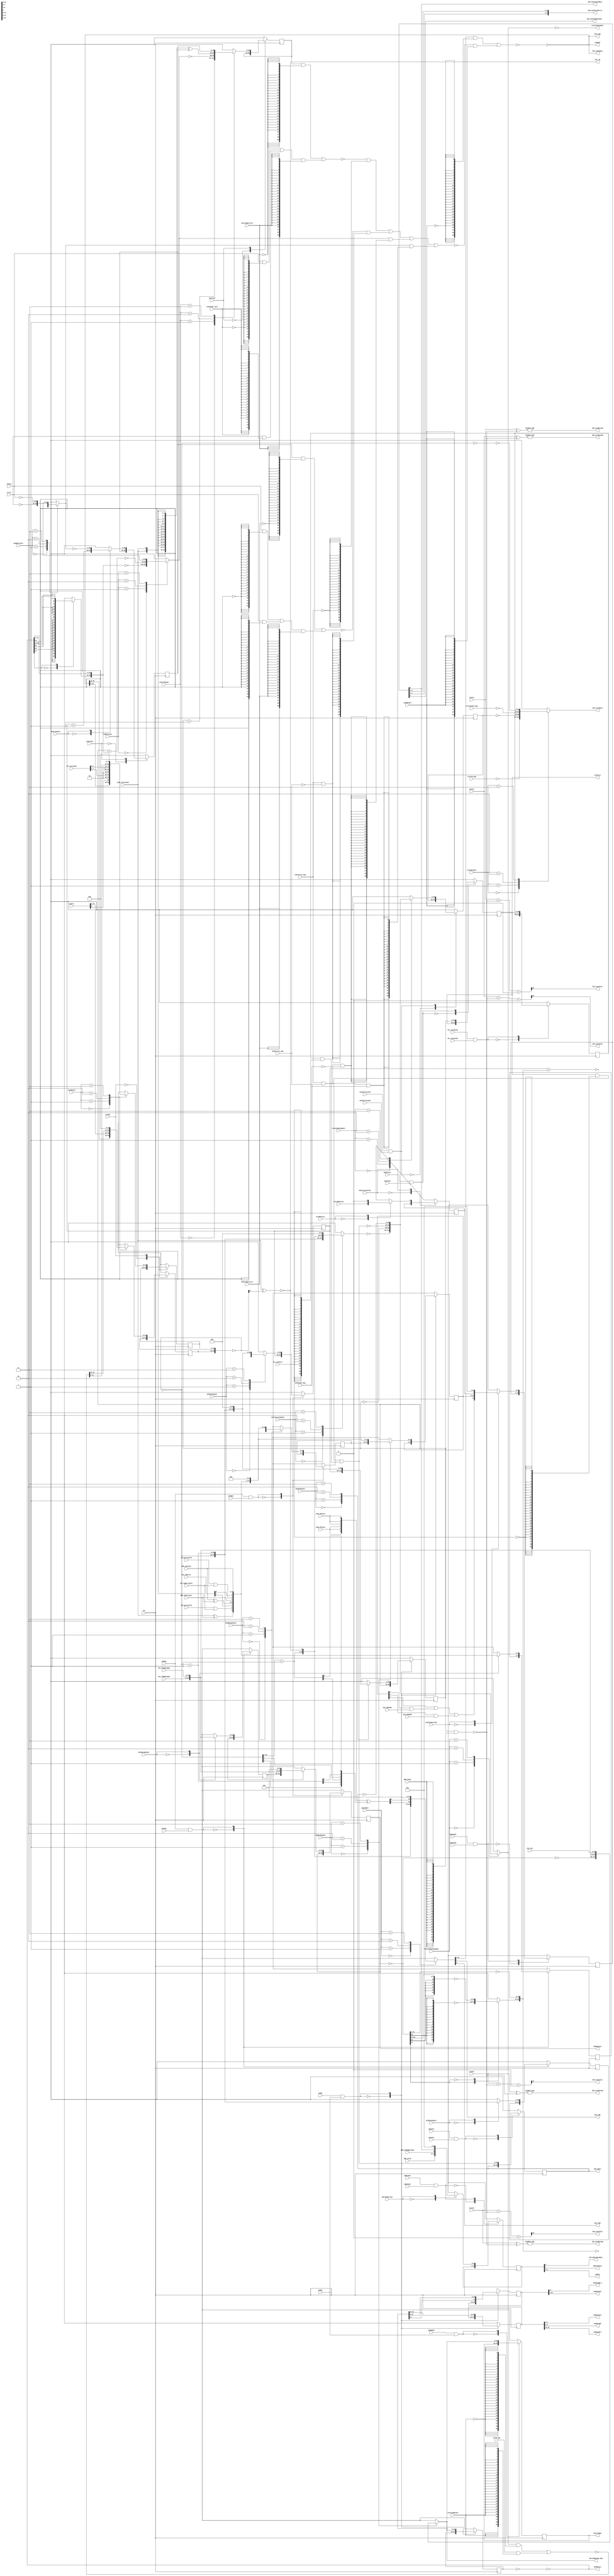
// 
// ************************************************************************** 
// 
//  Copyright (c) International Business Machines Corporation, 2005. 
// 
//  This file contains trade secrets and other proprietary and confidential 
//  information of International Business Machines Corporation which are 
//  protected by copyright and other intellectual property rights and shall 
//  not be reproduced, transferred to other documents, disclosed to others, 
//  or used for any purpose except as specifically authorized in writing by 
//  International Business Machines Corporation. This notice must be 
//  contained as part of this text at all times. 
// 
// ************************************************************************** 
//
//
// Date Modified: 7/19/01
// Changes made for Cobra, 405 with Parity
// Changes to status register declarations for additional parity signals
// Signals added to fetcher module
// 

module p405s_fetcher( IFB_dcdApu, IFB_dcdDataIn_Neg, IFB_exeDisableDbL2,
     IFB_exeIfetchErrL2, IFB_iac1BitsEq, IFB_iac1GtIar, IFB_iac2BitsEq, IFB_iac2GtIar,
     IFB_iac3BitsEq, IFB_iac3GtIar, IFB_iac4BitsEq, IFB_iac4GtIar, IFB_isEA, IFB_isNL,
     IFB_isNP, IFB_isOcmAbus, IFB_traceData, IFB_wbDisableDbL2, IFB_wbIar,
     dcdData2L2, dcdDataBD_0, dcdDataBO, dcdDataL2, dcdDataPri,
     dcdDataSec, exeIarL2, isEaBuf, lcar_29, pfb0DataL2,
     refetchPipeAddr, wbBrTakenL2, wbTEL2, CB, DBG_exeTE,
     DBG_iacEn, ICU_ifbEDataBus, ICU_ifbError, ICU_ifbODataBus,
     IFB_exeDbgBrTaken, JTG_dbdrPulse, JTG_inst, LSSD_coreTestEn, MMU_isStatus,
     PCL_exe2Full, PCL_exe2IarE1, PCL_exe2IarE2, VCT_vectorBus, coreResetL2, ctrL2,
     dbsrPulseCntlE1, dcdApuE1, dcdBrTarSel, dcdCorrect_Neg, dcdCrtBpntLrCtr, dcdCrtE2,
     dcdCrtMuxSel, dcdDataMuxSel, dcdE1, dcdE2, dcdFullL2, dcdIarMuxSel,
     dcdTarget_Neg, evprL2, exeCorrect_Neg, exeCrtBpntLrCtr, exeCrtE2, exeCrtMuxSel,
     exeDataBr_21L2, exeDataE1, exeDataE2, exeFlushorClear, exeIarE2, iac1L2,
     iac2L2, iac3L2, iac4L2, isEaMuxSel, isEa_22DlyL2, isEa_27DlyL2, lcarE2,
     lcarMuxSel, linkL2, lrCtrNormal_Neg, lrCtrSe_Neg, mux048Sel,
     pfb0BrTarSel, pfb0DataMuxSel, pfb0E1, pfb0E2, pfb0IarMuxSel,
     pfb1DataMuxSel, pfb1E2, pfb1IarMuxSel, refetchAddrSel, refetchLcarMuxSel,
     refetchPipeStageSel, saveForTraceE1, saveForTraceE2, srr02_Neg,
     traceDataSel, tracePipeStageSel, wbDataE1, wbDataE2, wbFlushOrClear, wbIarE1,
     wbIarE2, MMU_isParityErr, ICU_parityErrE, ICU_tagParityErr, ICU_parityErrO,
     IFB_exeISideMachChk, ICU_CCR0IPE, ICU_CCR0TPE);
     
output  IFB_exeDisableDbL2, IFB_iac1BitsEq, IFB_iac1GtIar, IFB_iac2BitsEq, IFB_iac2GtIar,
     IFB_iac3BitsEq, IFB_iac3GtIar, IFB_iac4BitsEq, IFB_iac4GtIar, IFB_isNL, IFB_isNP,
     IFB_wbDisableDbL2, dcdDataBD_0, lcar_29, wbBrTakenL2, IFB_exeISideMachChk;


input  DBG_iacEn, IFB_exeDbgBrTaken, JTG_dbdrPulse, LSSD_coreTestEn, PCL_exe2Full,
     PCL_exe2IarE1, PCL_exe2IarE2, coreResetL2, dbsrPulseCntlE1, dcdApuE1, dcdCorrect_Neg,
     dcdCrtBpntLrCtr, dcdCrtE2, dcdCrtMuxSel, dcdE1, dcdE2, dcdFullL2, dcdTarget_Neg,
     exeCorrect_Neg, exeCrtBpntLrCtr, exeCrtE2, exeDataBr_21L2, exeDataE1, exeDataE2,
     exeFlushorClear, exeIarE2, isEaMuxSel, isEa_22DlyL2, isEa_27DlyL2, lcarE2, pfb0E1, pfb0E2,
     pfb1DataMuxSel, pfb1E2, pfb1IarMuxSel, refetchAddrSel, saveForTraceE1, saveForTraceE2,
     wbDataE1, wbDataE2, wbFlushOrClear, wbIarE1, wbIarE2, MMU_isParityErr, ICU_parityErrE,
     ICU_tagParityErr, ICU_parityErrO, ICU_CCR0IPE, ICU_CCR0TPE;

output [0:29]  IFB_traceData;
output [0:31]  pfb0DataL2;
output [0:4]  IFB_exeIfetchErrL2;
//output [0:2]  IFB_exeIfetchErrL2;
output [0:4]  wbTEL2;
output [11:15]  dcdData2L2;
output [0:10]  dcdDataSec;
output [0:4]  dcdDataBO;
output [0:5]  dcdDataPri;
output [0:29]  IFB_wbIar;
output [0:29]  IFB_isEA;
output [0:29]  isEaBuf;
output [0:31]  dcdDataL2;
output [0:29]  exeIarL2;
output [0:31]  IFB_dcdApu;
output [0:29]  IFB_isOcmAbus;
output [0:29]  refetchPipeAddr;
output [0:31]  IFB_dcdDataIn_Neg;


input [0:29]  iac2L2;
input [0:1]  ICU_ifbError;
input [0:29]  srr02_Neg;
input [0:1]  pfb0DataMuxSel;
input [0:1]  MMU_isStatus;
input [0:1]  dcdBrTarSel;
input [0:31]  JTG_inst;
input [0:31]  ICU_ifbEDataBus;
input [0:1]  dcdDataMuxSel;
input [0:1]  pfb0BrTarSel;
input [0:31]  ICU_ifbODataBus;
input [0:4]  DBG_exeTE;
input [0:1]  pfb0IarMuxSel;
input [0:29]  lrCtrSe_Neg;
input [0:1]  traceDataSel;
input [0:7]  VCT_vectorBus;
input [0:15]  evprL2;
input [0:1]  refetchPipeStageSel;
input [0:1]  dcdIarMuxSel;
input [0:29]  ctrL2;
input [0:29]  linkL2;
input [0:1]  lcarMuxSel;
input [0:29]  iac1L2;
input [0:29]  iac3L2;
input [0:29]  iac4L2;
input   CB;
input [0:1]  tracePipeStageSel;
input [0:1]  mux048Sel;
input [0:1]  refetchLcarMuxSel;
input [0:1]  exeCrtMuxSel;
input [0:29]  lrCtrNormal_Neg;

reg [0:29]  IFB_traceData;
wire [0:31]  IFB_dcdDataIn_Neg;
wire [0:29]  exeIarL2;

// Buses in the design
reg disableDbL2;
reg  [0:15]  pfb0SgnExt;
wire  [0:1]  mmuIsStatusTestability;
wire  [0:4]  pfb1StatusL2;
wire  [16:29]  pfb0BrData;
wire  [0:4]  pfb0StatusL2;
reg  [0:29]  refetchPipeAddr_Neg;
reg  [0:29]  seIar_Neg;
wire  [0:31]  pfb0DataBuf_Neg;
wire  [0:29]  lcar_Neg;
wire  [0:31]  pfb0DataBuf;
reg  [0:29]  dcdTargetAddr_Neg;
wire  [0:29]  dcdBrTarAdd;
reg  [0:15]  dcdSgnExt;
wire  [0:4]  dcdStatusL2;
wire  [16:29]  dcdBrAdd;
wire  [0:31]  dcdData1NegL2;
reg  [0:31]  dcdApuL2;
wire  [0:29]  pfb0BrTarAdd;
wire  [0:29]  pfb0P4;
reg  [0:29]  pfb0IarL2;
reg  [0:29]  pfb1IarL2;
wire  [0:29]  lcarL2_Neg;
wire  [0:29]  muxIsEa_Neg;
wire  [0:29]  lcarForPipe;
reg  [0:31]  pfb1DataL2;
wire  [0:29]  lcarP4Buf;
wire  [0:29]  muxIsEa_2_Neg;
reg  [0:29]  refetchLcar;
wire  [0:29]  lcar;
wire  [0:28]  lcarP8;
wire  [0:29]  mux048;
wire  [0:29]  isEaFromBranch;
wire  [0:29]  lcarL2;
wire  [0:29]  lcarP4;
reg  [0:29]  seIarMux_Neg;
wire  [0:29]  refetchAddr;
reg  [0:29]  exeCrtL2;
reg  [0:29]  dcdCrtL2;
wire  [0:29]  dcdCtrTestability;
wire  [0:29]  exeCorrectAddr_Neg;
wire  [0:29]  dcdP4;
reg  [0:29]  dcdIarL2;
wire  [0:29]  iarForIac_Neg;
reg  [0:29]  wbIarL2;
reg  [0:29]  exe2IarL2;
wire  [0:29]  exeIarSel;
wire  [0:29]  dcdCorrectAddr_Neg;
wire  [0:29]  dcdBrLrCtr;
wire  [0:29]  pfb0TargetAddr;
wire  [0:29]  dcdTargetAddr;
wire  [0:29]  exeLrCtr;
reg  [0:29]  coreTestablityEn;
reg  [0:29]  pfb0TargetAddr_Neg;
wire  [0:29]  lcarForInc;
wire          exeISideMachChkIn;

wire        IFB_exeDisableDbL2_int;
wire        lcar_29_int;
wire [0:31] pfb0DataL2_int;
wire [0:16] dcdData2L2_int_lo;
wire [21:31] dcdData2L2_int_hi;
wire [0:29] isEaBuf_int;
wire [0:31] dcdDataL2_int;
reg [0:29] exeIarL2_int;
reg [0:31] IFB_dcdDataIn_Neg_int;

assign IFB_exeDisableDbL2 = IFB_exeDisableDbL2_int;
assign lcar_29 = lcar_29_int;
assign pfb0DataL2 = pfb0DataL2_int;
assign dcdData2L2[11:15] = dcdData2L2_int_lo[11:15];
assign isEaBuf = isEaBuf_int;
assign dcdDataL2 = dcdDataL2_int;
assign exeIarL2 = exeIarL2_int;
assign IFB_dcdDataIn_Neg = IFB_dcdDataIn_Neg_int;


assign exeISideMachChkIn = dcdStatusL2[0] | (dcdStatusL2[3] & ICU_CCR0TPE) | 
                                (dcdStatusL2[4] & ICU_CCR0IPE);

//Removed the module 'dp_logIFB_Pfb0DataBufB' 
assign pfb0DataBuf[0:31] = ~pfb0DataBuf_Neg[0:31];

//Removed the module 'dp_logIFB_Pfb0DataBuf' 
assign pfb0DataBuf_Neg[0:31] =  ~pfb0DataL2_int[0:31];

//Removed the module 'dp_regIFB_iarForIacTestability' 
always @(posedge CB)
  casez(LSSD_coreTestEn)
    1'b0: coreTestablityEn[0:29] <= coreTestablityEn[0:29];
    1'b1: coreTestablityEn[0:29] <= iarForIac_Neg[0:29];
    default: coreTestablityEn[0:29] <= 30'bx;
  endcase

//Removed the module 'dp_logIFB_mmuStatusTestability' 
assign  mmuIsStatusTestability[0:1] = MMU_isStatus[0:1] ^ {LSSD_coreTestEn, LSSD_coreTestEn};

// Replacing instantiation: XOR2 dp_logIFB_mmuParityTestability
wire mmuParityTestability;
assign mmuParityTestability = LSSD_coreTestEn ^ MMU_isParityErr;

//Removed the module 'dp_logIFB_dcdCrtTestability' 
assign dcdCtrTestability[0:29] = {30{LSSD_coreTestEn}} ^ dcdCrtL2[0:29];

//Removed the module 'dp_regIFB_iarForTrace' 
always @(posedge CB)
  casez(saveForTraceE1 & saveForTraceE2)
    1'b0: seIar_Neg[0:29] <= seIar_Neg[0:29];
    1'b1: seIar_Neg[0:29] <= seIarMux_Neg[0:29];
    default: seIar_Neg[0:29] <= 30'bx;
  endcase

// Replacing instantiation: INVERT sel_B
wire dcdCorrect;
assign dcdCorrect = ~(dcdCorrect_Neg);

// Replacing instantiation: INVERT sel_A
wire exeCorrect;
assign exeCorrect = ~(exeCorrect_Neg);

// Replacing instantiation: INVERT sel_C
wire dcdTarget;
assign dcdTarget = ~(dcdTarget_Neg);

// Replacing instantiation: INVERT sel_H
wire selExeCorrect_Neg;
wire selExeCorrect;
assign selExeCorrect = ~(selExeCorrect_Neg);

// Replacing instantiation: INVERT sel_K
wire delPfb0Target_Neg;
wire selPfb0Target;
assign selPfb0Target = ~(delPfb0Target_Neg);

// Replacing instantiation: INVERT sel_J
wire selDcdTarget_Neg;
wire selDecTarget;
assign selDecTarget = ~(selDcdTarget_Neg);

// Replacing instantiation: INVERT sel_I
wire selDcdCorrect_Neg;
wire selDcdCorrect;
assign selDcdCorrect = ~(selDcdCorrect_Neg);

// Replacing instantiation: NAND3 sel_G
assign delPfb0Target_Neg = ~( exeCorrect_Neg & dcdCorrect_Neg & dcdTarget_Neg );

// Replacing instantiation: NAND3 sel_F
assign selDcdTarget_Neg = ~( exeCorrect_Neg & dcdCorrect_Neg & dcdTarget );

// Replacing instantiation: NAND2 sel_E
assign selDcdCorrect_Neg = ~( exeCorrect_Neg & dcdCorrect );

// Replacing instantiation: INVERT sel_D
assign selExeCorrect_Neg = ~(exeCorrect);

assign isEaFromBranch = ~( (exeCorrectAddr_Neg & {30{selExeCorrect}}) |
                           (dcdCorrectAddr_Neg & {30{selDcdCorrect}}) |
                           (dcdTargetAddr_Neg & {30{selDecTarget}}) |
                           (pfb0TargetAddr_Neg & {30{selPfb0Target}}) );


//Removed the module 'dp_muxIFB_DcdLrCtr'
assign dcdBrLrCtr[0:29] = (linkL2[0:29] & {(30){~(dcdDataL2_int[21])}} ) 
                              | (ctrL2[0:29] & {(30){dcdDataL2_int[21]}} );


//Removed the module 'dp_logIFB_lcarRepower' 
assign lcarL2_Neg[0:29] = ~lcarL2[0:29];

//Removed the modue 'dp_logIFB_dcdApuBuf' 
assign IFB_dcdApu[0:31] = dcdApuL2[0:31];

//Removed the module 'dp_regIFB_DcdApu2' 
//Removed the module 'dp_regIFB_DcdApu1' 
always @(posedge CB)
  casez(dcdApuE1 & dcdE2)
    1'b0: dcdApuL2[0:31] <= dcdApuL2[0:31];
    1'b1: dcdApuL2[0:31] <= IFB_dcdDataIn_Neg_int[0:31];
    default: dcdApuL2[0:31] <= 32'bx;
  endcase

//Removed the module 'dp_logIFB_dcdBrTarInv' 
assign dcdTargetAddr[0:29] = ~dcdTargetAddr_Neg[0:29]; 

//Removed the module 'dp_muxIFB_dcdBrTar' 
always @(dcdSgnExt or dcdBrAdd or dcdBrTarAdd or ctrL2 or linkL2 or dcdBrTarSel)
  case(dcdBrTarSel[0:1])
    2'b00: dcdTargetAddr_Neg[0:29] = ~{dcdSgnExt[0:15], dcdBrAdd[16:29]};
    2'b01: dcdTargetAddr_Neg[0:29] = ~dcdBrTarAdd[0:29];
    2'b10: dcdTargetAddr_Neg[0:29] = ~ctrL2[0:29];
    2'b11: dcdTargetAddr_Neg[0:29] = ~linkL2[0:29];
    default: dcdTargetAddr_Neg[0:29] = 30'bx;
  endcase

//Removed the module 'dp_muxIFB_pfb0BrTar' 
always @(pfb0SgnExt or pfb0BrData or pfb0BrTarAdd or ctrL2 or linkL2 or pfb0BrTarSel)
  case(pfb0BrTarSel[0:1])
    2'b00: pfb0TargetAddr_Neg[0:29] = ~{pfb0SgnExt[0:15], pfb0BrData[16:29]};
    2'b01: pfb0TargetAddr_Neg[0:29] = ~pfb0BrTarAdd[0:29];
    2'b10: pfb0TargetAddr_Neg[0:29] = ~ctrL2[0:29];
    2'b11: pfb0TargetAddr_Neg[0:29] = ~linkL2[0:29];
    default: pfb0TargetAddr_Neg[0:29] = 30'bx;
  endcase

//Removed the module 'dp_logIFB_pfb0BrTarInv' 
assign pfb0TargetAddr[0:29] = ~pfb0TargetAddr_Neg[0:29]; 

//Removed the module 'dp_logIFB_NLNPXor' 
wire nlP0, nlP4, nlP8, npP0, npP4, npP8;
assign {nlP0, nlP4, nlP8, npP0, npP4, npP8} = 
      {isEa_27DlyL2, isEa_27DlyL2, isEa_27DlyL2, isEa_22DlyL2, isEa_22DlyL2, isEa_22DlyL2} ^
      {lcarForInc[27], lcarP4[27], lcarP8[27], lcarForInc[22], lcarP4[22], lcarP8[22]};

//Removed the module 'dp_muxIFB_isEa_2' 
assign muxIsEa_2_Neg[0:29] = ~( (mux048[0:29] & {(30){~(isEaMuxSel)}} ) | 
                    (isEaFromBranch[0:29] & {(30){isEaMuxSel}} ) );

//Removed the module 'dp_muxIFB_isEa'
assign muxIsEa_Neg[0:29] = ~( (mux048[0:29] & {(30){~(isEaMuxSel)}} ) | 
                     (isEaFromBranch[0:29] & {(30){isEaMuxSel}} ) );

//Removed the module 'dp_muxIFB_ExeCorrect' 
assign exeCorrectAddr_Neg[0:29] = ~( (exeCrtL2[0:29] & {(30){~(exeCrtBpntLrCtr)}} ) 
                                    | (exeLrCtr[0:29] & {(30){exeCrtBpntLrCtr}} ) );

//Removed the module 'dp_muxIFB_ExeLrCtr' 
assign exeLrCtr[0:29] = (linkL2[0:29] & {(30){~(exeDataBr_21L2)}} ) | 
                               (ctrL2[0:29] & {(30){exeDataBr_21L2}} );

//Removed the module 'dp_muxIFB_DcdCorrect'
assign dcdCorrectAddr_Neg[0:29] = ~( (dcdCrtL2[0:29] & {(30){~(dcdCrtBpntLrCtr)}} ) 
                                  | ( dcdBrLrCtr[0:29] & {(30){dcdCrtBpntLrCtr}} ) );

//Removed the module 'dp_logIFB_lcarForIncr' 
assign lcarForInc[0:29] = ~lcarL2_Neg[0:29];

//Removed the module 'dp_regIFB_LcarB' 
wire [0:14] LcarB_mux_D1;
reg [0:14] LcarB_Mux;
reg [0:14] LcarB_Reg;
assign lcarL2[15:29] = LcarB_Reg;
assign LcarB_mux_D1 = {evprL2[15], 2'b0, VCT_vectorBus[0:5], 2'b0, VCT_vectorBus[6:7], 2'b0};
always @(isEaBuf_int or LcarB_mux_D1 or refetchAddr or lcarMuxSel)
  casez(lcarMuxSel[0:1])
    2'b00: LcarB_Mux = isEaBuf_int[15:29];
    2'b01: LcarB_Mux = LcarB_mux_D1;
    2'b10: LcarB_Mux = refetchAddr[15:29];
 // changed by swang    2'b11: LcarB_Mux = 15'h7fff;
	 2'b11: LcarB_Mux = 15'h0;
    default: LcarB_Mux = 15'bx;
  endcase
// L2 Output modeled as posedge FF
always @(posedge CB)
  casez(lcarE2)
    1'b0: LcarB_Reg <= LcarB_Reg;
    1'b1: LcarB_Reg <= LcarB_Mux;
    default: LcarB_Reg <= 15'bx;
  endcase

//Removed the module 'dp_regIFB_LcarA' 
//by swang: PC mux
reg [0:14] LcarA_Mux;
reg [0:14] LcarA_Reg;
assign lcarL2[0:14] = LcarA_Reg;
always @(isEaBuf_int or evprL2 or refetchAddr or lcarMuxSel)
  casez(lcarMuxSel[0:1])
    2'b00: LcarA_Mux = isEaBuf_int[0:14];
    2'b01: LcarA_Mux = evprL2[0:14];
    2'b10: LcarA_Mux = refetchAddr[0:14];
//    2'b11: LcarA_Mux = 15'h7fff; // changed by swang
      2'b11: LcarA_Mux = 15'h0;
    default: LcarA_Mux = 15'bx;
  endcase
// L2 Output modeled as posedge FF
always @(posedge CB)
  casez(lcarE2)
    1'b0: LcarA_Reg <= LcarA_Reg;
    1'b1: LcarA_Reg <= LcarA_Mux;
    default: LcarA_Reg <= 15'bx;
  endcase

//Removed the module 'dp_regIFB_Pfb0Data2' 
//Removed the module 'dp_regIFB_Pfb0Data1' 
reg [0:31] Pfb0Data2_Mux;
reg [0:31] Pfb0Data2_Reg;
assign pfb0DataL2_int[0:31] = Pfb0Data2_Reg;
always @(pfb0DataMuxSel or pfb1DataL2 or ICU_ifbEDataBus or ICU_ifbODataBus)
  casez(pfb0DataMuxSel[0:1])
    2'b00: Pfb0Data2_Mux = pfb1DataL2[0:31];
    2'b01: Pfb0Data2_Mux = ICU_ifbEDataBus[0:31];
    2'b10: Pfb0Data2_Mux = ICU_ifbODataBus[0:31];
    2'b11: Pfb0Data2_Mux = 32'b0;
    default: Pfb0Data2_Mux = 32'bx;
  endcase
always @(posedge CB)
  casez(pfb0E1 & pfb0E2)
    1'b0: Pfb0Data2_Reg <= Pfb0Data2_Reg;
    1'b1: Pfb0Data2_Reg <= Pfb0Data2_Mux;
    default: Pfb0Data2_Reg <= 32'bx;
  endcase

//Removed the module 'dp_regIFB_DcdData4' 
reg [0:11] DcdData4_Reg;
wire [0:11] DcdData4;
assign  {dcdData2L2_int_lo[16], dcdData2L2_int_hi[21:31]} = DcdData4_Reg; 
assign DcdData4 = {IFB_dcdDataIn_Neg_int[16], IFB_dcdDataIn_Neg_int[21:31]}; 
always @(posedge CB)
  casez(dcdE1 & dcdE2)
    1'b0: DcdData4_Reg <= DcdData4_Reg;
    1'b1: DcdData4_Reg <= DcdData4;
    default: DcdData4_Reg <= 12'bx;
  endcase

//Removed the module 'dp_regIFB_DcdData3' 
reg [0:15] DcdData3_Reg;
assign dcdData2L2_int_lo[0:15] = DcdData3_Reg;
always @(posedge CB)
  casez(dcdE1 & dcdE2)
    1'b0: DcdData3_Reg <= DcdData3_Reg;
    1'b1: DcdData3_Reg <= IFB_dcdDataIn_Neg_int[0:15];
    default: DcdData3_Reg <= 16'bx;
  endcase

//Removed the module 'dp_logIFB_pfb0BrAddBuf' 
assign pfb0BrData[16:29] = ~pfb0DataBuf_Neg[16:29];

//Removed the module 'dp_logIFB_dcdBrAddBuf' 
assign dcdBrAdd[16:29] = dcdDataL2_int[16:29];

//Removed the module 'dp_logIFB_mux048Buf' 
wire NL, NP;
assign {IFB_isNL, IFB_isNP} = {NL, NP};

//Removed the module 'dp_logIFB_lcarInc4Buf' 
assign lcarP4Buf[0:29] = lcarP4[0:29];

//Removed the module 'dp_logIFB_isEaBuf' 
assign IFB_isEA[0:29] = ~muxIsEa_Neg[0:29];

//Removed the module 'dp_logIFB_dcdDataForBr' 
assign {dcdDataPri[0:5], dcdDataBO[0:4], dcdDataBD_0, dcdDataSec[0:10]} = 
            {dcdData2L2_int_lo[0:10], dcdData2L2_int_lo[16], dcdData2L2_int_hi[21:31]};

//Removed the module 'dp_logIFB_lcarForAddr' 
assign lcar_29_int = ~(LSSD_coreTestEn ^ lcarL2_Neg[29]);

//Removed the module 'dp_logIFB_lcarForPipe' 
assign lcarForPipe[0:29] = ~lcarL2_Neg[0:29];

//Removed the module 'dp_logIFB_lcarForRefetch' 
assign lcar[0:29] = ~lcarL2_Neg[0:29];

//Removed the module 'x_macIFB_pfb0SignExt'
always @(pfb0DataBuf_Neg or pfb0DataBuf_Neg)
  casez(pfb0DataBuf_Neg[4])
    1'b1: pfb0SgnExt[0:15] = ~{16{pfb0DataBuf_Neg[16]}};
    1'b0: pfb0SgnExt[0:15] = ~{{6{pfb0DataBuf_Neg[6]}},pfb0DataBuf_Neg[6:15]};
    default: pfb0SgnExt[0:15] = 16'hxxxx;
  endcase

//Removed the module 'x_macIFB_dcdSignExt' 
always @(dcdDataL2_int or dcdDataL2_int)
  casez(dcdDataL2_int[4])
    1'b0: dcdSgnExt[0:15] = {16{dcdDataL2_int[16]}};
    1'b1: dcdSgnExt[0:15] = {{6{dcdDataL2_int[6]}},dcdDataL2_int[6:15]};
    default: dcdSgnExt[0:15] = 16'hxxxx;
  endcase


//adders and incrementors
//Removed the module 'SM_ADD30_P2'
wire [29:0] pfb0IarL2_rev;
wire [29:0] SDT_pfb0IarAdd_B_rev;
wire [30:0] pfb0BrTarAdd_rev;
assign pfb0IarL2_rev = pfb0IarL2[0:29];
assign SDT_pfb0IarAdd_B_rev = {pfb0SgnExt[0:15], pfb0BrData[16:29]};
assign pfb0BrTarAdd_rev = {1'b0,pfb0IarL2_rev} + {1'b0,SDT_pfb0IarAdd_B_rev}; 
assign pfb0BrTarAdd = pfb0BrTarAdd_rev[29:0];

//Removed the module 'SM_ADD30_P2'
wire [29:0] dcdIarL2_rev;
wire [29:0] SDT_dcdIarAdd_B_rev;
wire [30:0] dcdBrTarAdd_rev;
assign dcdIarL2_rev = dcdIarL2[0:29];
assign SDT_dcdIarAdd_B_rev = {dcdSgnExt[0:15], dcdBrAdd[16:29]};
assign dcdBrTarAdd_rev = {1'b0,dcdIarL2_rev} + {1'b0,SDT_dcdIarAdd_B_rev};
assign dcdBrTarAdd = dcdBrTarAdd_rev[29:0];

//Removed the module 'dp_macIFB_dcdIarInc4' 
wire [30:0] dcdP4_rev;
assign dcdP4_rev = {1'b0,dcdIarL2_rev} + 1;
assign dcdP4 = dcdP4_rev[29:0];

//Removed the module 'dp_macIFB_pfb0IarInc4'
wire [30:0] pfb0P4_rev;
assign pfb0P4_rev = {1'b0,pfb0IarL2_rev} + 1;
assign pfb0P4 = pfb0P4_rev[29:0];

//Removed the module 'dp_macIFB_lcarInc8'
wire [28:0] lcarForInc8_rev;
wire [29:0] lcarP8_rev;
assign lcarForInc8_rev = lcarForInc[0:28];
assign lcarP8_rev = {1'b0,lcarForInc8_rev[28:0]} + 1;
assign lcarP8 = lcarP8_rev[28:0];

//Removed the module 'dp_macIFB_lcarInc4'
wire [29:0] lcarForInc4_rev;
wire [30:0] lcarP4_rev;
assign lcarForInc4_rev = lcarForInc[0:29];
assign lcarP4_rev = {1'b0,lcarForInc4_rev[29:0]} + 1;
assign lcarP4 = lcarP4_rev[29:0];

//Removed the module 'dp_logIFB_lcarInv' 
assign lcar_Neg[0:29] = ~lcar[0:29];

//Removed the module 'dp_logIFB_dcdDataInv'
assign dcdDataL2_int[0:31] = ~dcdData1NegL2[0:31];

//Removed the module 'dp_regIFB_DcdData2' 
//Removed the module 'dp_regIFB_DcdData1' 
reg [0:31] DcdData2_Reg;
assign dcdData1NegL2[0:31] = ~DcdData2_Reg;
always @(posedge CB)
  casez(dcdE1 & dcdE2)
    1'b0: DcdData2_Reg <= DcdData2_Reg;
    1'b1: DcdData2_Reg <= IFB_dcdDataIn_Neg_int[0:31];
    default: DcdData2_Reg <= 32'bx;
  endcase

//Removed the module 'dp_logIFB_wbIarBuf' 
assign IFB_wbIar[0:29] = wbIarL2[0:29];

//Removed the module 'dp_muxIFB_traceData' 
always @(lrCtrSe_Neg or seIar_Neg or lrCtrNormal_Neg or lcar_Neg or traceDataSel)
  case(traceDataSel[0:1])
    2'b00: IFB_traceData = ~lrCtrSe_Neg[0:29];
    2'b01: IFB_traceData = ~seIar_Neg[0:29];
    2'b10: IFB_traceData = ~lrCtrNormal_Neg[0:29];
    2'b11: IFB_traceData = ~lcar_Neg[0:29];
    default: IFB_traceData = 30'bx;
  endcase

//Removed the module 'dp_muxIFB_tracePipeStage' 
always @(tracePipeStageSel or refetchLcar or dcdIarL2 or exeIarSel or wbIarL2)
  case(tracePipeStageSel[0:1])
    2'b00: seIarMux_Neg = ~refetchLcar;
    2'b01: seIarMux_Neg = ~dcdIarL2;
    2'b10: seIarMux_Neg = ~exeIarSel;
    2'b11: seIarMux_Neg = ~wbIarL2;
    default: seIarMux_Neg = 30'bx;
  endcase

//Removed the module 'dp_muxIFB_exeIarSel' 
assign exeIarSel[0:29] = (exeIarL2_int[0:29] & {(30){~(PCL_exe2Full)}} ) | 
                               (exe2IarL2[0:29] & {(30){PCL_exe2Full}} );

//Removed the module 'dp_logIFB_isEaBufOcm' 
assign IFB_isOcmAbus[0:29] = ~muxIsEa_2_Neg[0:29];

//Removed the module 'dp_logIFB_isEaBufLcar' 
assign isEaBuf_int[0:29] = ~muxIsEa_2_Neg[0:29];

//Removed the module 'dp_regIFB_wbStatus' 
reg [0:6] wbStatus_Mux;
reg [0:6] wbStatus_Reg;
assign {wbTEL2[0:4], wbBrTakenL2, IFB_wbDisableDbL2} = wbStatus_Reg;
always @(wbFlushOrClear or DBG_exeTE or IFB_exeDbgBrTaken or IFB_exeDisableDbL2_int)
  casez(wbFlushOrClear)
    1'b0: wbStatus_Mux = {DBG_exeTE[0:4], IFB_exeDbgBrTaken, IFB_exeDisableDbL2_int};
    1'b1: wbStatus_Mux = 7'b0;
    default: wbStatus_Mux = 7'bx;
  endcase
always @(posedge CB)
  casez(wbDataE1 & wbDataE2)
    1'b0: wbStatus_Reg <= wbStatus_Reg;
    1'b1: wbStatus_Reg <= wbStatus_Mux;
    default: wbStatus_Reg <= 7'bx;
  endcase

//Removed the module 'dp_regIFB_dbdrPulseCntl' 
reg dbdrPulseCntl_Mux;
always @(JTG_dbdrPulse or coreResetL2)
  casez(coreResetL2)
    1'b0: dbdrPulseCntl_Mux = JTG_dbdrPulse;
    1'b1: dbdrPulseCntl_Mux = 1'b0;
    default: dbdrPulseCntl_Mux = 1'bx;
  endcase
always @(posedge CB)
  casez(dbsrPulseCntlE1)
    1'b0: disableDbL2 <= disableDbL2;
    1'b1: disableDbL2 <= dbdrPulseCntl_Mux;
    default: disableDbL2 <= 1'bx;
  endcase

//Removed the module 'dp_regIFB_exe2Iar' 
always @(posedge CB)
  casez(PCL_exe2IarE1 & PCL_exe2IarE2)
    1'b0: exe2IarL2[0:29] <= exe2IarL2[0:29];
    1'b1: exe2IarL2[0:29] <= exeIarL2_int[0:29];
    default: exe2IarL2[0:29] <= 30'bx;
  endcase

//Removed the module 'dp_muxIFB_refetchLcar' 
always @(refetchLcarMuxSel or lcar or lcarP4 or lcarP8 or lcar_29_int)
  case(refetchLcarMuxSel[0:1])
    2'b00: refetchLcar[0:29] = lcar[0:29];
    2'b01: refetchLcar[0:29] = lcarP4[0:29];
    2'b10: refetchLcar[0:29] = {lcarP8[0:28], lcar_29_int};
    2'b11: refetchLcar[0:29] = 30'b0;
    default: refetchLcar[0:29] = 30'bx;
  endcase

//Removed the module 'dp_logIFB_invRefetchPipeAddr' 
assign refetchPipeAddr[0:29] = ~refetchPipeAddr_Neg[0:29];

//Removed the module 'dp_logIFB_dcdIarForIac' 
assign iarForIac_Neg[0:29] = ~(dcdIarL2[0:29] & {(30){DBG_iacEn}} );

//Removed the module 'SM_ADD30CODETONE' 
wire [29:0] iac4L2_rev;
wire [29:0] iarForIac_Neg_rev;
wire [29:0] iac4Add_sum;
assign iac4L2_rev[29:0] = iac4L2[0:29];
assign iarForIac_Neg_rev[29:0] = iarForIac_Neg[0:29];
assign {IFB_iac4GtIar,iac4Add_sum} = 
             {1'b0,iac4L2_rev} + {1'b0,iarForIac_Neg_rev} + 31'b0;
assign IFB_iac4BitsEq = &(iac4L2_rev ^ iarForIac_Neg_rev);

//Removed the module 'SM_ADD30CODETONE'
wire [29:0] iac3L2_rev;
wire [29:0] iac3Add_sum;
assign iac3L2_rev[29:0] = iac3L2[0:29];
assign {IFB_iac3GtIar,iac3Add_sum} = 
             {1'b0,iac3L2_rev} + {1'b0,iarForIac_Neg_rev} + 31'b0;
assign IFB_iac3BitsEq = &(iac3L2_rev ^ iarForIac_Neg_rev);

//Removed the module 'SM_ADD30CODETONE' 
wire [29:0] iac2L2_rev;
wire [29:0] iac2Add_sum;
assign iac2L2_rev[29:0] = iac2L2[0:29];
assign {IFB_iac2GtIar,iac2Add_sum} = 
             {1'b0,iac2L2_rev} + {1'b0,iarForIac_Neg_rev} + 31'b0;
assign IFB_iac2BitsEq = &(iac2L2_rev ^ iarForIac_Neg_rev);

//Removed the module 'SM_ADD30CODETONE'
wire IFB_iac1BitsEq;
wire [29:0] iac1L2_rev;
wire [29:0] iac1Add_sum;
assign iac1L2_rev[29:0] = iac1L2[0:29];
assign {IFB_iac1GtIar,iac1Add_sum} = 
             {1'b0,iac1L2_rev} + {1'b0,iarForIac_Neg_rev} + 31'b0;
assign IFB_iac1BitsEq = &(iac1L2_rev ^ iarForIac_Neg_rev);

//Removed the module 'dp_logIFB_fetcherAclk';
//Removed the module 'dp_regIFB_exeStatus' 
  
wire [0:6] exeStatus_D0;
reg [0:6] exeStatus_Mux;
reg [0:6] exeStatus_Reg;
assign exeStatus_D0 = {exeISideMachChkIn, dcdStatusL2[3:4], dcdStatusL2[0:2], disableDbL2};
assign {IFB_exeISideMachChk, IFB_exeIfetchErrL2[3:4],
             IFB_exeIfetchErrL2[0:2], IFB_exeDisableDbL2_int} = exeStatus_Reg;
always @(exeStatus_D0 or exeFlushorClear)
  casez(exeFlushorClear)
    1'b0: exeStatus_Mux = exeStatus_D0;
    1'b1: exeStatus_Mux = 7'b0;
    default: exeStatus_Mux = 7'bx;
  endcase
always @(posedge CB)
  casez(exeDataE1 & exeDataE2)
    1'b0: exeStatus_Reg <= exeStatus_Reg;
    1'b1: exeStatus_Reg <= exeStatus_Mux;
    default: exeStatus_Reg <= 7'bx;
  endcase

//Removed the module 'dp_regIFB_dcdStatus' 
wire [0:4] dcdStatus_D0;
wire [0:4] dcdStatus_D1;
wire [0:4] dcdStatus_D2;
reg [0:4] dcdStatus_Mux;
reg [0:4] dcdStatus_Reg;
assign dcdStatus_D0 = {pfb0StatusL2[3:4],pfb0StatusL2[0:2]};
assign dcdStatus_D1 = {mmuParityTestability, (ICU_parityErrE | ICU_tagParityErr), 
                        ICU_ifbError[0], mmuIsStatusTestability[0:1]};
assign dcdStatus_D2 = {MMU_isParityErr, (ICU_parityErrO | ICU_tagParityErr), 
                        ICU_ifbError[1], MMU_isStatus[0:1]};
assign {dcdStatusL2[3:4], dcdStatusL2[0:2]} = dcdStatus_Reg;
always @(dcdStatus_D0 or dcdStatus_D1 or dcdStatus_D2 or dcdDataMuxSel)
  casez(dcdDataMuxSel[0:1])
    2'b00: dcdStatus_Mux = dcdStatus_D0;
    2'b01: dcdStatus_Mux = dcdStatus_D1;
    2'b10: dcdStatus_Mux = dcdStatus_D2;
    2'b11: dcdStatus_Mux = 5'b0;
    default: dcdStatus_Mux = 5'bx;
  endcase
always @(posedge CB)
  casez(dcdE1 & dcdE2)
    1'b0: dcdStatus_Reg <= dcdStatus_Reg;
    1'b1: dcdStatus_Reg <= dcdStatus_Mux;
    default: dcdStatus_Reg <= 5'bx;
  endcase
   
//Removed the module 'dp_regIFB_pfb0Status' 
wire [0:4] pfb0Status_D0;
wire [0:4] pfb0Status_D1;
wire [0:4] pfb0Status_D2;
reg [0:4] pfb0Status_Mux;
reg [0:4] pfb0Status_Reg;
assign pfb0Status_D0 = {pfb1StatusL2[3:4],pfb1StatusL2[0:2]};
assign pfb0Status_D1 = {mmuParityTestability, (ICU_parityErrE | ICU_tagParityErr), 
                        ICU_ifbError[0], mmuIsStatusTestability[0:1]};
assign pfb0Status_D2 = {MMU_isParityErr, (ICU_parityErrO | ICU_tagParityErr), ICU_ifbError[1], 
                        MMU_isStatus[0:1]};
assign {pfb0StatusL2[3:4],pfb0StatusL2[0:2]} = pfb0Status_Reg;
always @(pfb0Status_D0 or pfb0Status_D1 or pfb0Status_D2 or pfb0DataMuxSel)
  casez(pfb0DataMuxSel[0:1])
    2'b00: pfb0Status_Mux = pfb0Status_D0;
    2'b01: pfb0Status_Mux = pfb0Status_D1;
    2'b10: pfb0Status_Mux = pfb0Status_D2;
    2'b11: pfb0Status_Mux = 5'b0;
    default: pfb0Status_Mux = 5'bx;
  endcase
always @(posedge CB)
  casez(pfb0E1 & pfb0E2)
    1'b0: pfb0Status_Reg <= pfb0Status_Reg;
    1'b1: pfb0Status_Reg <= pfb0Status_Mux;
    default: pfb0Status_Reg <= 5'bx;
  endcase

//Removed the module 'dp_regIFB_pfb1Status' 
wire [0:4] pfb1Status_D0;
wire [0:4] pfb1Status_D1;
reg [0:4] pfb1Status_Mux;
reg [0:4] pfb1Status_Reg;
assign pfb1Status_D0 = {mmuParityTestability, (ICU_parityErrE | ICU_tagParityErr), 
                            ICU_ifbError[0], mmuIsStatusTestability[0:1]};
assign pfb1Status_D1 = {MMU_isParityErr, (ICU_parityErrO | ICU_tagParityErr), 
                            ICU_ifbError[1], MMU_isStatus[0:1]};
assign {pfb1StatusL2[3:4],pfb1StatusL2[0:2]} = pfb1Status_Reg;
always @(pfb1Status_D0 or pfb1Status_D1 or pfb1DataMuxSel)
  casez(pfb1DataMuxSel)
    1'b0: pfb1Status_Mux = pfb1Status_D0;
    1'b1: pfb1Status_Mux = pfb1Status_D1;
    default: pfb1Status_Mux = 5'bx;
  endcase
always @(posedge CB)
  casez(pfb0E1 & pfb1E2)
    1'b0: pfb1Status_Reg <= pfb1Status_Reg;
    1'b1: pfb1Status_Reg <= pfb1Status_Mux;
    default: pfb1Status_Reg <= 5'bx;
  endcase

//Removed the module 'dp_muxIFB_refetchAddr' 
assign refetchAddr = ~( (refetchPipeAddr_Neg & {(30){~(refetchAddrSel)}} ) | 
                          (srr02_Neg[0:29] & {(30){refetchAddrSel}} ) );

//Removed the module 'dp_muxIFB_refetchPipeStage' 
always @(refetchLcar or dcdIarL2 or exeIarSel or wbIarL2 or refetchPipeStageSel)
  case(refetchPipeStageSel[0:1])
    2'b00: refetchPipeAddr_Neg[0:29] = ~refetchLcar;
    2'b01: refetchPipeAddr_Neg[0:29] = ~dcdIarL2;
    2'b10: refetchPipeAddr_Neg[0:29] = ~exeIarSel;
    2'b11: refetchPipeAddr_Neg[0:29] = ~wbIarL2;
    default: refetchPipeAddr_Neg[0:29] = 30'bx;
  endcase

//Removed the module 'dp_muxIFB_DcdData' 
always @(pfb0DataBuf or ICU_ifbEDataBus or ICU_ifbODataBus or JTG_inst or dcdDataMuxSel)
  case(dcdDataMuxSel[0:1])
    2'b00: IFB_dcdDataIn_Neg_int[0:31] = pfb0DataBuf;
    2'b01: IFB_dcdDataIn_Neg_int[0:31] = ICU_ifbEDataBus;
    2'b10: IFB_dcdDataIn_Neg_int[0:31] = ICU_ifbODataBus;
    2'b11: IFB_dcdDataIn_Neg_int[0:31] = JTG_inst;
    default: IFB_dcdDataIn_Neg_int[0:31] = 32'bx;
  endcase

//Removed the module 'dp_regIFB_Pfb1Data' 
reg [0:31] Pfb1Data_Mux;
always @(ICU_ifbEDataBus or ICU_ifbODataBus or pfb1DataMuxSel)
  casez(pfb1DataMuxSel)
    1'b0: Pfb1Data_Mux[0:31] = ICU_ifbEDataBus[0:31];
    1'b1: Pfb1Data_Mux[0:31] = ICU_ifbODataBus[0:31];
    default: Pfb1Data_Mux[0:31] = 32'bx;
  endcase
always @(posedge CB)
  casez(pfb0E1 & pfb1E2)
    1'b0: pfb1DataL2[0:31] <= pfb1DataL2[0:31];
    1'b1: pfb1DataL2[0:31] <= Pfb1Data_Mux[0:31];
    default: pfb1DataL2[0:31] <= 32'bx;
  endcase

//Removed the module 'dp_regIFB_DcdCrt' 
reg [0:29] DcdCrt_Mux;
always @(pfb0P4 or pfb0TargetAddr or dcdCrtMuxSel)
  casez(dcdCrtMuxSel)
    1'b0: DcdCrt_Mux = pfb0P4[0:29];
    1'b1: DcdCrt_Mux = pfb0TargetAddr[0:29];
    default: DcdCrt_Mux = 30'bx;
  endcase
always @(posedge CB)
  casez(dcdCrtE2)
    1'b0: dcdCrtL2[0:29] <= dcdCrtL2[0:29];
    1'b1: dcdCrtL2[0:29] <= DcdCrt_Mux;
    default: dcdCrtL2[0:29] <= 30'bx;
  endcase

//Removed the module 'dp_regIFB_ExeCrt' 
reg [0:29] ExeCrt_Mux;
always @(dcdP4 or dcdTargetAddr or dcdCtrTestability or dcdCrtL2 or exeCrtMuxSel)
  casez(exeCrtMuxSel[0:1])
    2'b00: ExeCrt_Mux = dcdP4[0:29];
    2'b01: ExeCrt_Mux = dcdTargetAddr[0:29];
    2'b10: ExeCrt_Mux = dcdCtrTestability[0:29];
    2'b11: ExeCrt_Mux = dcdCrtL2[0:29];
    default: ExeCrt_Mux = 30'bx;
  endcase
always @(posedge CB)
  casez(exeCrtE2)
    1'b0: exeCrtL2[0:29] <= exeCrtL2[0:29];
    1'b1: exeCrtL2[0:29] <= ExeCrt_Mux;
    default: exeCrtL2[0:29] <= 30'bx;
  endcase

//Removed the module 'dp_regIFB_WbIar' 
always @(posedge CB)
  casez(wbIarE1 & wbIarE2)
    1'b0: wbIarL2[0:29] <= wbIarL2[0:29];
    1'b1: wbIarL2[0:29] <= exeIarSel[0:29];
    default: wbIarL2[0:29] <= 30'bx;
  endcase

//Removed the module 'dp_regIFB_ExeIar' 
always @(posedge CB)
  casez(dcdFullL2 & exeIarE2)
    1'b0: exeIarL2_int[0:29] <= exeIarL2_int[0:29];
    1'b1: exeIarL2_int[0:29] <= dcdIarL2[0:29];
    default: exeIarL2_int[0:29] <= 30'bx;
  endcase

//Removed the module 'dp_regIFB_DcdIar' 
reg [0:29] DcdIar_Mux;
always @(pfb0IarL2 or lcarForPipe or lcarP4Buf or dcdIarMuxSel)
  casez(dcdIarMuxSel[0:1])
    2'b00: DcdIar_Mux = pfb0IarL2[0:29];
    2'b01: DcdIar_Mux = lcarForPipe[0:29];
    2'b10: DcdIar_Mux = lcarP4Buf[0:29];
    2'b11: DcdIar_Mux = 30'b0;
    default: DcdIar_Mux = 30'bx;
  endcase
always @(posedge CB)
  casez(dcdE1 & dcdE2)
    1'b0: dcdIarL2 <= dcdIarL2;
    1'b1: dcdIarL2 <= DcdIar_Mux;
    default: dcdIarL2 <= 30'bx;
  endcase

//Removed the module 'dp_regIFB_Pfb0Iar' 
reg [0:29] Pfb0Iar_Mux;
always @(pfb1IarL2 or lcarForPipe or lcarP4Buf or pfb0IarMuxSel)
  casez(pfb0IarMuxSel[0:1])
    2'b00: Pfb0Iar_Mux = pfb1IarL2[0:29];
    2'b01: Pfb0Iar_Mux = lcarForPipe[0:29];
    2'b10: Pfb0Iar_Mux = lcarP4Buf[0:29];
    2'b11: Pfb0Iar_Mux = 30'b0;
    default: Pfb0Iar_Mux = 30'bx;
  endcase
always @(posedge CB)
  casez(pfb0E1 & pfb0E2)
    1'b0: pfb0IarL2 <= pfb0IarL2;
    1'b1: pfb0IarL2 <= Pfb0Iar_Mux;
    default: pfb0IarL2 <= 30'bx;
  endcase

//Removed the module 'dp_regIFB_Pfb1Iar' 
reg [0:29] Pfb1Iar_Mux;
always @(lcarForPipe or lcarP4Buf or pfb1IarMuxSel)
  casez(pfb1IarMuxSel)
    1'b0: Pfb1Iar_Mux = lcarForPipe[0:29];
    1'b1: Pfb1Iar_Mux = lcarP4Buf[0:29];
    default: Pfb1Iar_Mux = 30'bx;
  endcase
always @(posedge CB)
  casez(pfb0E1 & pfb1E2)
    1'b0: pfb1IarL2 <= pfb1IarL2;
    1'b1: pfb1IarL2 <= Pfb1Iar_Mux;
    default: pfb1IarL2 <= 30'bx;
  endcase

//Removed the module 'dp_muxIFB_048' 
reg [0:31] muxIFB_048;
assign {mux048[0:29], NL, NP} = muxIFB_048;
always @(lcarForInc or nlP0 or npP0 or lcarP4 or nlP4 or npP4 or lcarP8 or 
            lcar_29_int or nlP8 or npP8 or mux048Sel)
  case(mux048Sel[0:1])
    2'b00: muxIFB_048 = {lcarForInc[0:29], nlP0, npP0};
    2'b01: muxIFB_048 = {lcarP4[0:29], nlP4, npP4};
    2'b10: muxIFB_048 = {lcarP8[0:28], lcar_29_int, nlP8, npP8};
    2'b11: muxIFB_048 = 32'b0;
    default: muxIFB_048 = 32'bx;
  endcase

endmodule